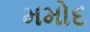
મમોદ